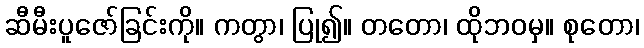
ဆီမီးပူဇော်ခြင်းကို။ ကတွာ၊ ပြု၍။ တတော၊ ထိုဘဝမှ။ စုတော၊